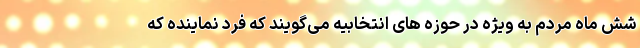
شش ماه مردم به ویژه در حوزه های انتخابیه می‌گویند که فرد نماینده که